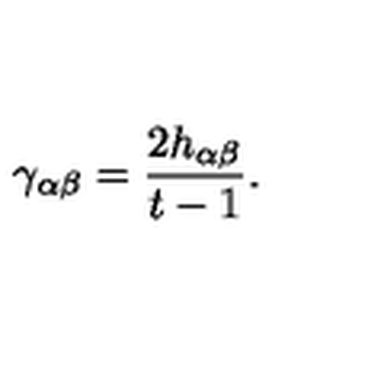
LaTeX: \gamma _ { \alpha \beta } = \frac { 2 h _ { \alpha \beta } } { t - 1 } .